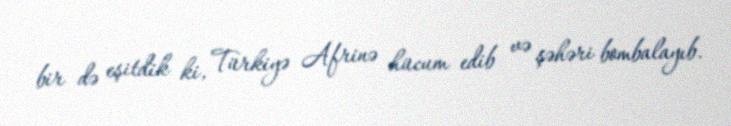
bir də eşitdik ki, Türkiyə Afrinə hücum edib və şəhəri bombalayıb.